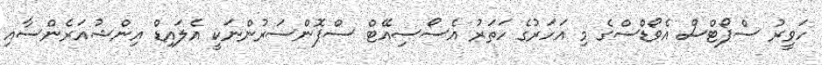
ހަވީރު ސްޕޯޓްސް އެވޯޑްސްގެ މި އަހަރުގެ ހަތަރު އެސޯސިއޭޓް ސްޕޮންސަރުންނަކީ އެލައިޑް އިންޝުއަރެންސާއި